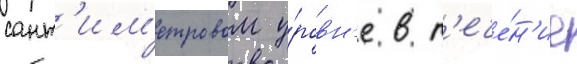
сант'им'етровом у́ровн'е в т'ече́н'ие